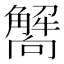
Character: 𧥁